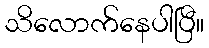
သိလောက်နေပါပြီ။